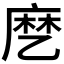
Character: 𬼳